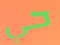
حي